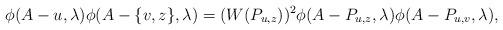
LaTeX: \begin{align*}\phi(A-u,\lambda)\phi(A-\{v,z\},\lambda)=(W(P_{u,z}))^{2}\phi(A-P_{u,z},\lambda)\phi(A-P_{u,v},\lambda),\end{align*}